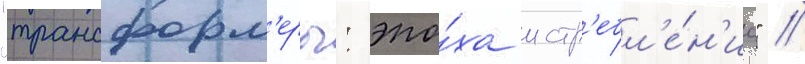
"трансформ'еры: эпо́ха истр'ебл'е́н'иа" //